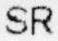
SR